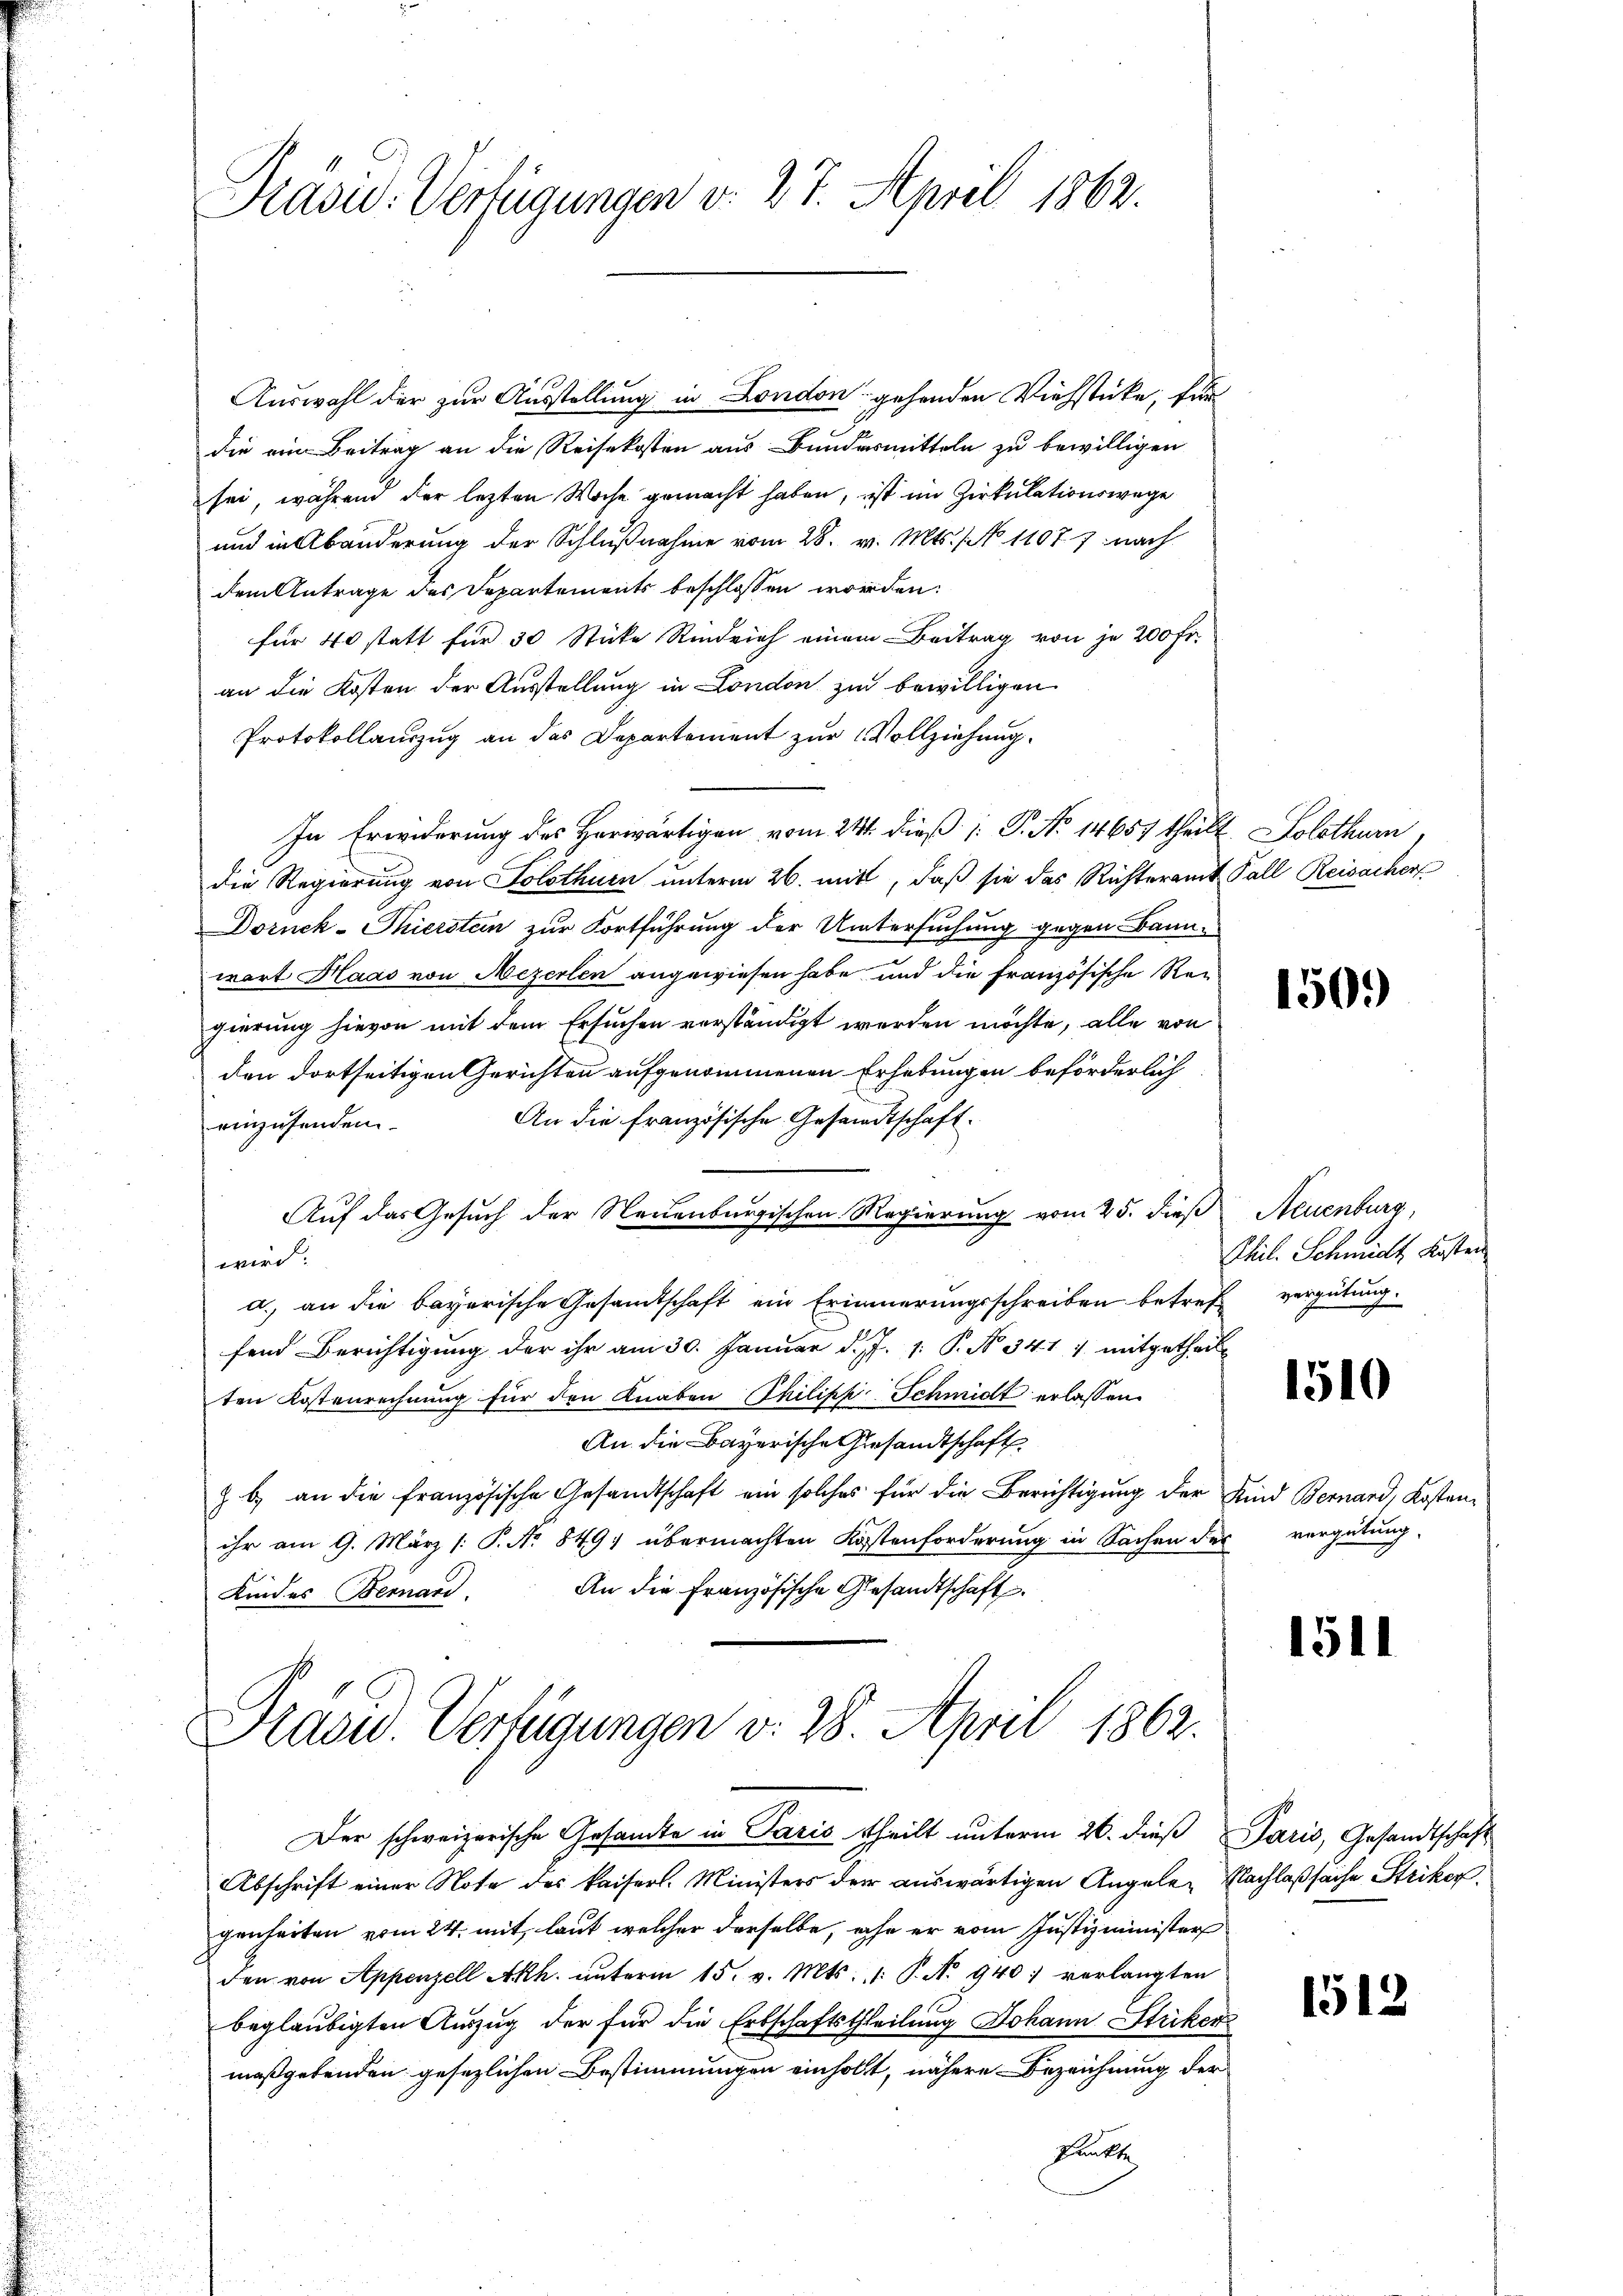
Präsid. Verfügungen v. 27. April 1862.

Auswahl der zur Ausstellung in London gehenden Viehstücke, für
die ein Beitrag an die Reisekosten aus Bundesmitteln zu bewilligen
sei, während der lezten Woche gemacht haben, ist im Zirkulationswege
und in Abänderung der Schlußnahme vom 28. v. Mts. No 11077. nach
dem Antrage des Departements beschlossen worden:
für 40 statt für 30 Stücke Rindvieh einem Beitrag von je 200 Fr.
an die Kosten der Ausstellung in London zu bewilligen
Protokollauszug an das Departement zur Vollziehung.
In Erwiderung des Horwärtigen vom 24t dieß (: P. No 14657 theilt Solothurn,
die Regierung von Solothur unterm 26. mit, daß sie das Richteramt Fall Reisacher
Dornck-Thierstein zur Fortführung der Untersuchung gegen Bannwart Haas von Mezerlen angewiesen habe und die französische Regierung hievon mit dem Ersuchen verständigt werden möchte, alle von
den dortseitigen Gerichten aufgenommenen Erhebungen beförderlich
An die französische Gesandtschaft
einzusenden.
Auf das Gesuch der Neuenburgischen Regierung vom 25. dieß Neuenburg,
wird:
a.) an die bayerische Gesamtschaft ein Erinnerungsschreiben betreff vergütung.
fend Berichtigung der ihr am 30. Januar d. J. 1. P. N. 341 1 mitgetheil
ten Kostenrechnung für den Knaben Philipp Schmidt erlassen.
An die Bayerische Gesandtschaft
z. b. an die französische Gesandtschaft ein solches für die Berichtigung der Kind Bernard, Kostenihr am 9. März [: P. No 849 übermachten Kostenforderung in Sachen der
An die Französische Gesandtschaft
Kindes Bernard.

Radw. Verfügungen v. 28. April 1862.
Der schweizerische Gesamte in Paris theilt unterm 26. dieß Paris, Gesandtschaft

Abschrift einer Note des kaisers. Ministers der auswärtigen Angele, Nachlaßsache Striker,
genheiten vom 24. mit, laut welcher derselbe, ehe er vom Justizminister
den von Appenzell Akh. ŭnterm 15. v. Mts. 1. P. Nr. 940. verlangten
beglaubigten Auszug der für die Erbschaftstheilung Johann Striken
maßgebenden gesezlichen Bestimmungen einholt, nähere Bezeichnung der
Punkte

1509

Phil. Schmidt Kosten

1510

vergütung.

1511

1513